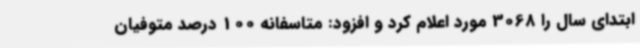
ابتدای سال را 3068 مورد اعلام کرد و افزود: متاسفانه 100 درصد متوفیان